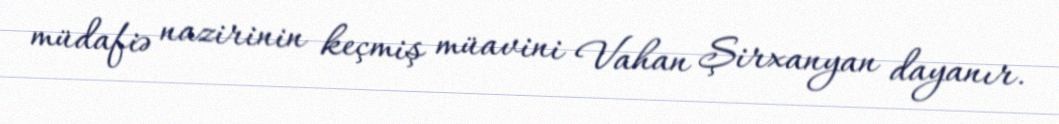
müdafiə nazirinin keçmiş müavini Vahan Şirxanyan dayanır.